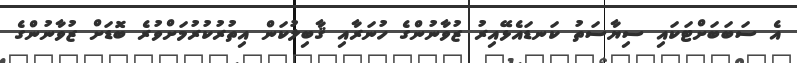
އެ ސަބަބަށްޓަކައި ސިޔާސަތު ކަނޑައެޅޭއިރު ޒުވާނުންގެ ހުނަރާއި ޤާބިލުކަން އިތުރުކުރުމަށްވުރެ ބޮޑަށް ޒުވާނުންގެ